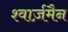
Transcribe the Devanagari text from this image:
श्वार्ज़मैन